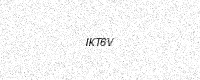
Text: IKT6V